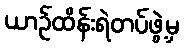
ယာဉ်ထိန်းရဲတပ်ဖွဲ့မှ